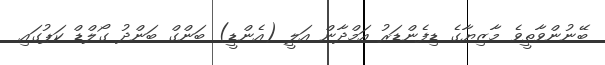
ބޭނުންވާތީވެ މާޒިޔާގެ ޑިފެންޑަރު އަމްދާން އަލީ (އެންޑީ) ބަންގް ބަންދު ގޯލްޑް ކަޕުގައި